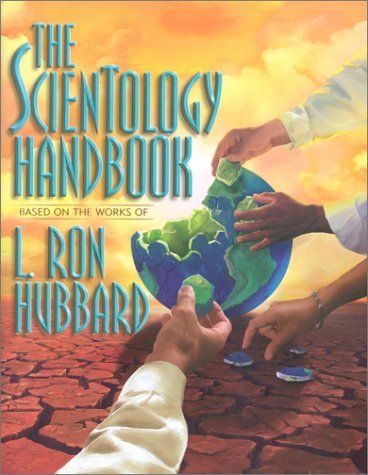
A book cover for The Scientology Handbook; L. Ron Hubbard; Religion & Spirituality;